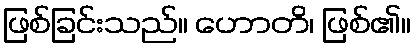
ဖြစ်ခြင်းသည်။ ဟောတိ၊ ဖြစ်၏။